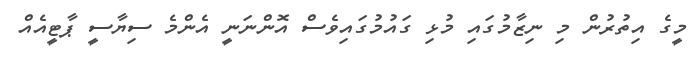
މީގެ އިތުރުން މި ނިޒާމުގައި މުޅި ގައުމުގައިވެސް އޮންނަނީ އެންމެ ސިޔާސީ ޕާޓީއެއް